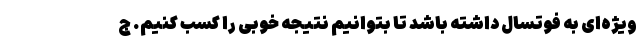
ویژه‌ای به فوتسال داشته باشد تا بتوانیم نتیجه خوبی را کسب کنیم. ج